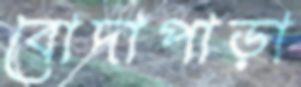
বোদাপাড়া